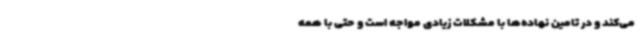
می‌کند و در تامین نهاده‌ها با مشکلات زیادی مواجه است و حتی با همه